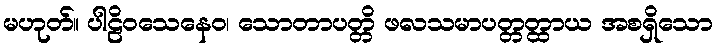
မဟုတ်။ ပါဠိဝသေနေဝ၊ သောတာပတ္တိ ဖလသမာပတ္တတ္ထာယ အစရှိသော